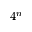
4 ^ { n }